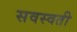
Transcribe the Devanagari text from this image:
सवस्वती